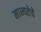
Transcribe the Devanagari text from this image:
मान्यतेचे